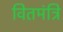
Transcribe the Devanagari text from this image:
वितमंत्रि